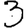
Digit: 3